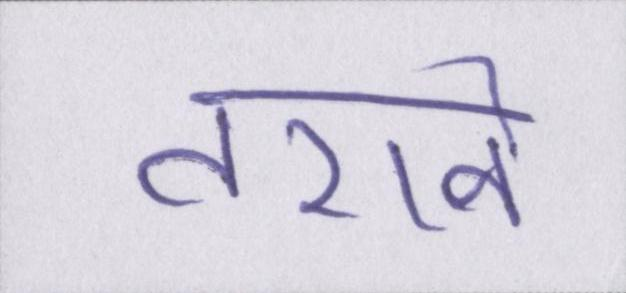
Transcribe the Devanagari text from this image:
तराने